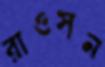
রাওসন